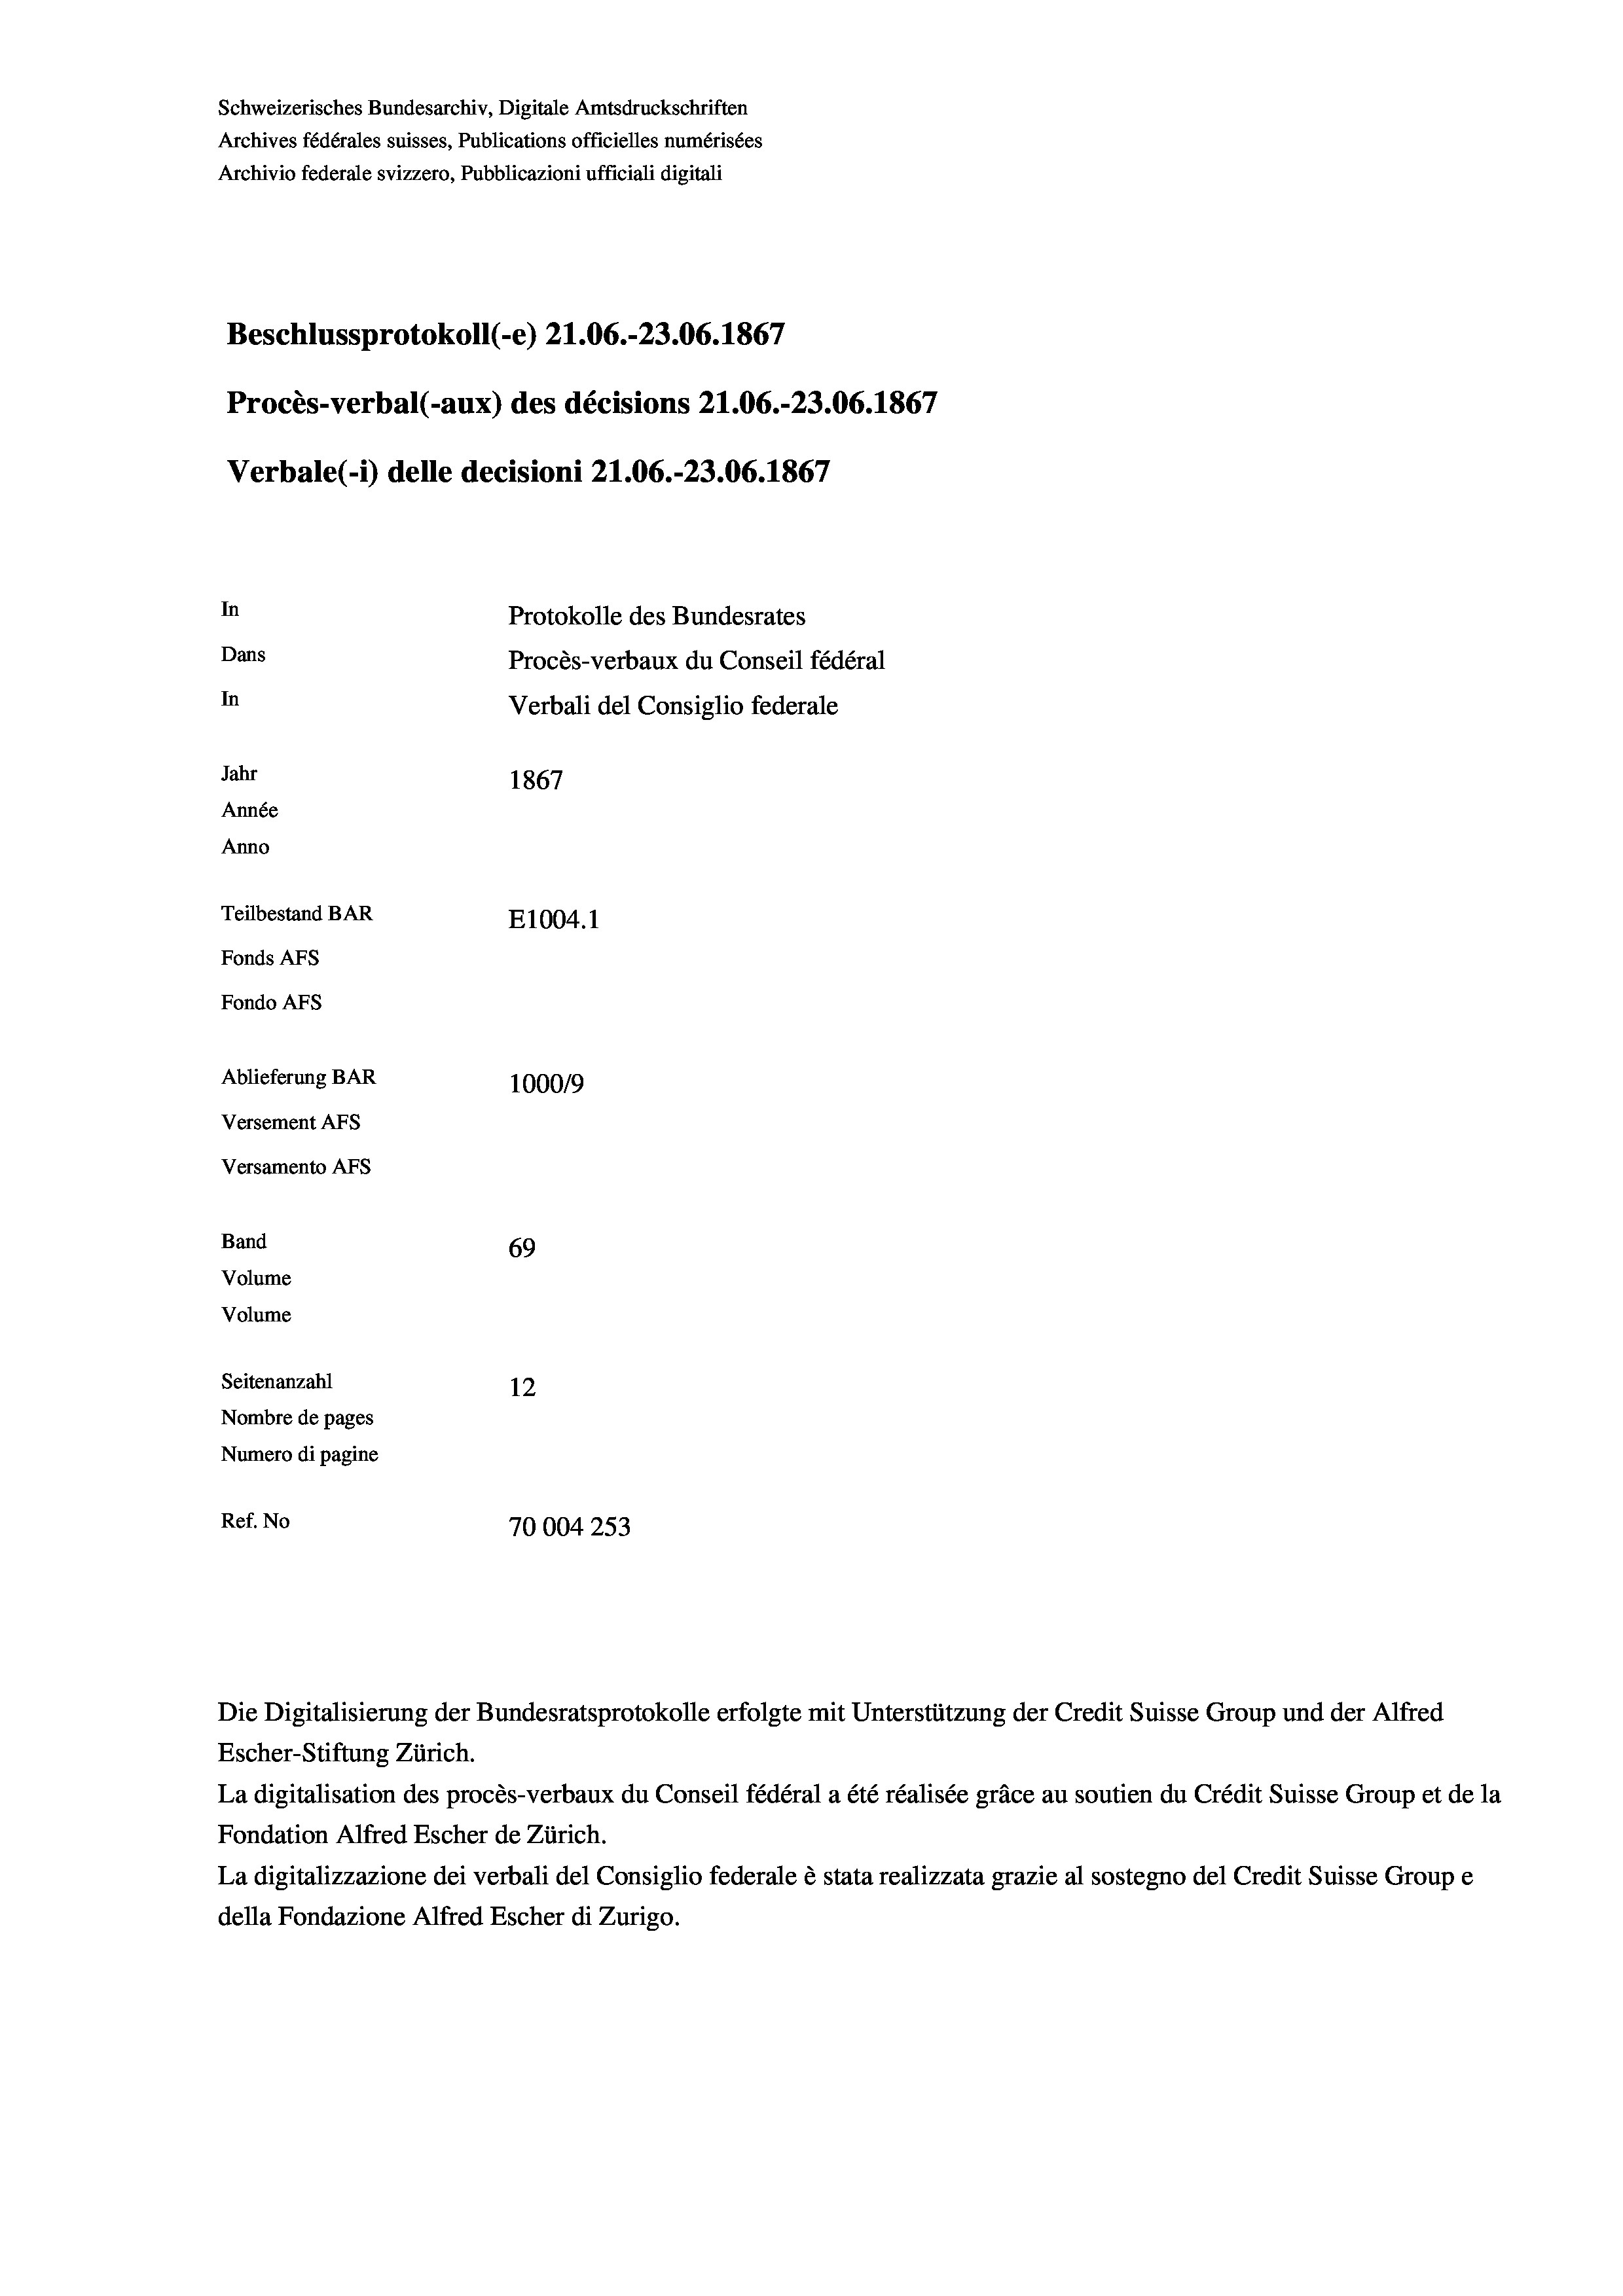
Schweizerisches Bundesarchiv, Digitale Amtsdruckschriften
Archives fédérales suisses, Publications officielles numérisées
Archivio federale svizzero, Pubblicazioni ufficiali digitali
Beschlussprotokoll (-e) 21.06.-23.06. 1867
Procès-verbal (-aux) des décisions 21.06.-23.06. 1867
Verbale(-*) delle decisioni 21.06.-23.06. 1867
In
Protokolle des Bundesrates
Dans
Procès-verbaux du Conseil fédéral
In
Verbali del Consiglio federale
Jahr
1867
Année
Anno
Teilbestand BAR
E1004.1
Fonds Afs
Fondo Afs
Ablieferung BAR
100019
Versement AFs
Versamento AFs
Band
69
Volume
Volume

Seitenanzahl
12
Nombre de pages
Numero di pagine
Ref. No
70004 253

Escher-Stiftung Zürich.
La digitalisation des procès-verbaux du Conseil fédéral a été réalisée gräce au soutien du Crédit Suisse Group et de la
Fondation Alfred Escher de Zürich.
La digitalizzazione dei verbali del Consiglio federale è stata realizzata grazie al sostegno del Credit Suisse Groupe
della Fondazione Alfred Escher di Zurigo.

Die Digitalisierung der Bundesratsprotokolle erfolgte mit Unterstützung der Credit Suisse Group und der Alfred